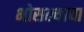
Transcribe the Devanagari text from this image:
भोसल्याचा